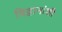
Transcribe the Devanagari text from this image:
विद्वानांशी